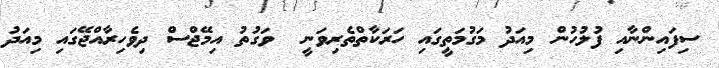
ސިފައިންނާއި ފުލުހުން މިއަދު މަގުމަތީގައި ހަރަކާތްތެރިވަނީ  ވަގުތު އިމޭޖްސް ދިވެހިރާއްޖޭގައި މިއަދު